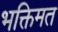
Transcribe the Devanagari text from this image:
भक्तिमत